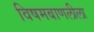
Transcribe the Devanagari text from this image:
विषमबाणलीला